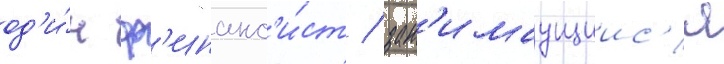
од'и́н ф'инанс'и́ст / зан'имаущиис'я